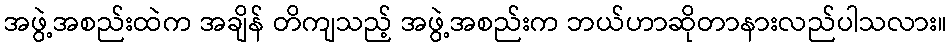
အဖွဲ့အစည်းထဲက အချိန် တိကျသည့် အဖွဲ့အစည်းက ဘယ်ဟာဆိုတာနားလည်ပါသလား။